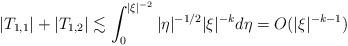
LaTeX: \begin{align*}|T_{1,1}| + |T_{1,2}|\lesssim \int_0^{|\xi|^{-2}} |\eta|^{-1/2}|\xi|^{-k}d\eta = O(|\xi|^{-k-1})\end{align*}